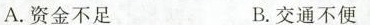
A.资金不足 B.交通不便